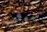
سوف